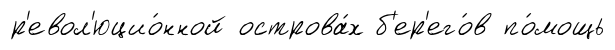
р'евол'юцио́нной острова́х б'ер'его́в по́мощь